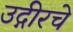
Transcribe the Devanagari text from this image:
उद्गीरचे